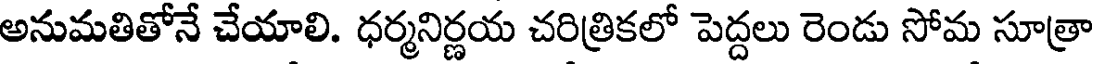
అనుమతితోనే చేయాలి. ధర్మనిర్ణయ చరిత్రికలో పెద్దలు రెండు సోమ సూత్రా